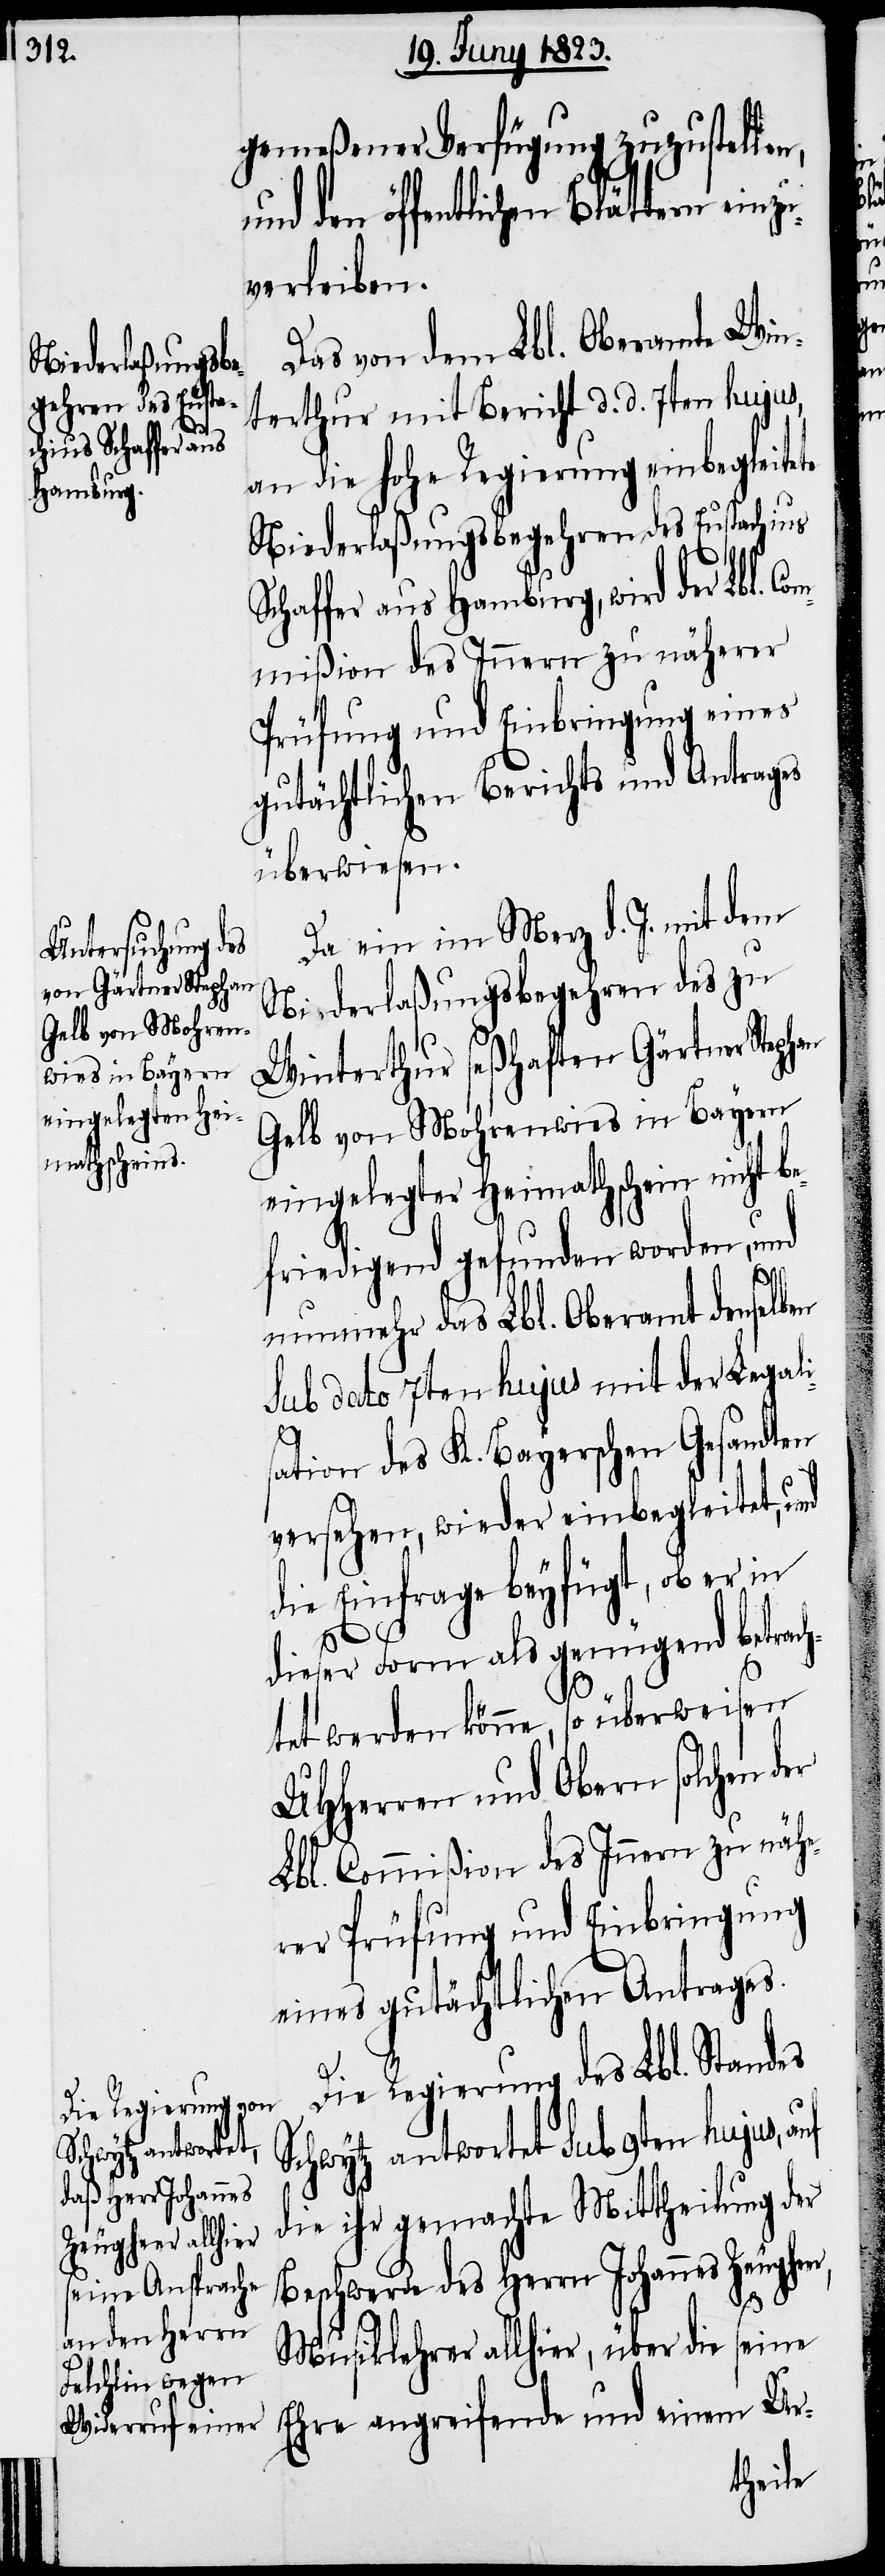
han

emeßener Verfügung zuzustellen,
den öffentlichen Blättern einz¬
verleiben.
Das von dem Lbl. Oberamte Win¬
terthur mit Bericht d. d. 7ten hujus,
an die hohe Regierung einbegleitete
Niederlaßungsbegehren des Eustachius
Schaffer aus Hamburg, wird der Lbl. C¬
ommißion des Innern zu näherer
Prüfung und Einbringung eines
gutächtlichen Berichts und Antrages
überwiesen.
Da ein im Merz d. J. mit dem
Niederlaßungsbegehren des zu
Winterthur seßhaften Gärtner Step¬
Gelb von Mohrenwies in Bayern
eingelegter Heimathschein nicht be¬
friedigend gefunden worden, und
nunmehr das Lbl. Oberamt denselben
sub dato 7ten hujus mit der Legali¬
uf
ation des K. Bayerschen Gesandten
versehen, wieder einbegleitet, und
die Einfrage beyfügt, ob er in
er,
dieser Form als genügend betrach¬
tet werden könne, so überweisen
UHHerren und Obern solchen
Lbl. Commißion des Innern zu näh¬
erer Prüfung und Einbringung
eines gutächtlichen Antrages.
Die Regierung des Lbl. Standes
Schwytz antwortet sub 9ten hujus, a¬
die ihr gemachte Mittheilung der
Beschwerde des Herrn Johannes Zeughe¬
Musiklehrer allhier, über die seine
Ehre angreifende und einem Ur-